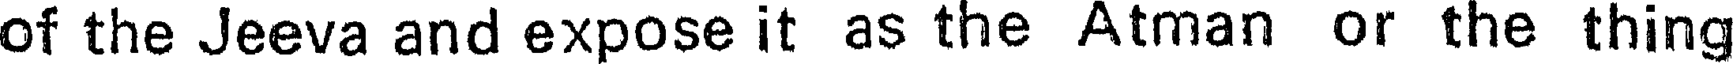
of the Jeeva and expose it as the Atman or the thing